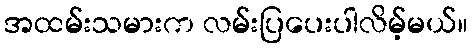
အထမ်းသမားက လမ်းပြပေးပါလိမ့်မယ်။